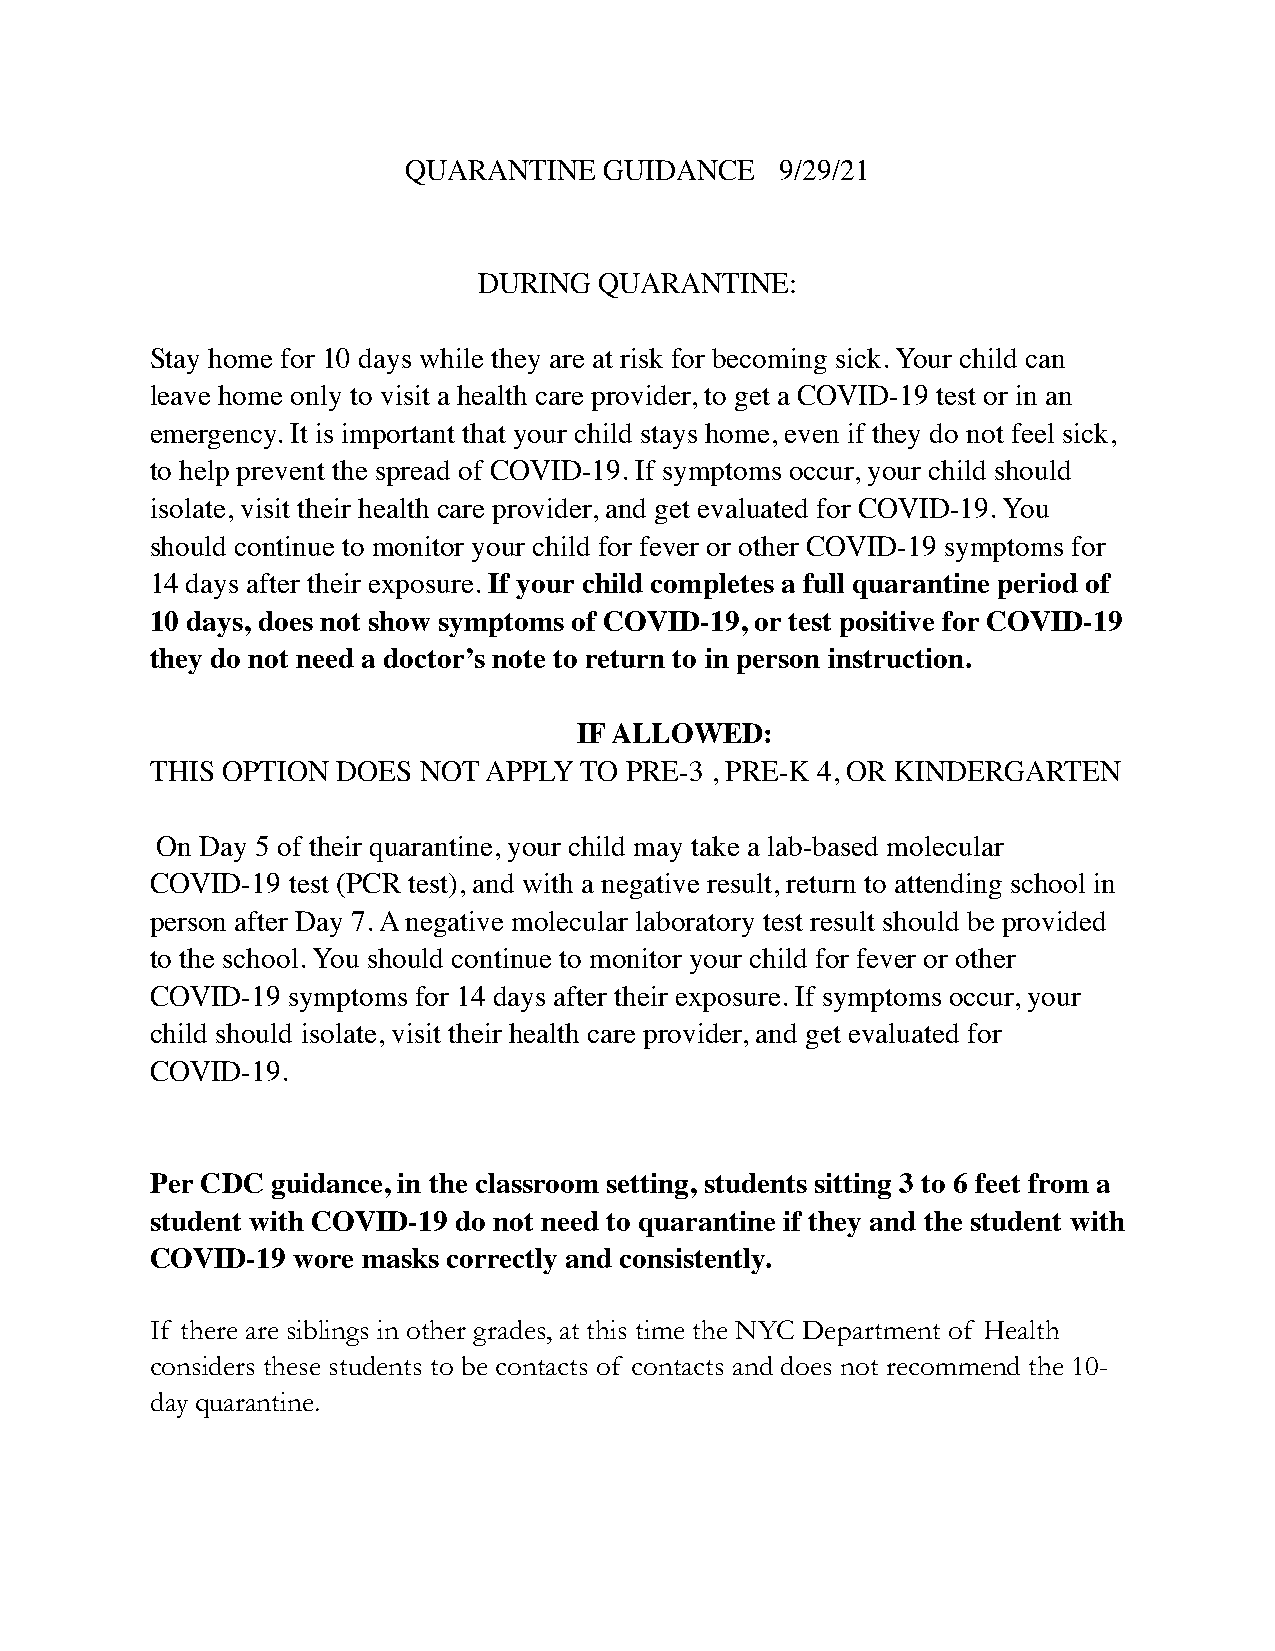
QUARANTINE   GUIDANCE    9/29/21
 DURING  QUARANTINE:
 Stay home for 10 days while they are at risk for becoming sick. Your child can
 leave home only to visit a health care provider, to get a COVID-19 test or in an
 emergency. It is important that your child stays home, even if they do not feel sick,
 to help prevent the spread of COVID-19. If symptoms occur, your child should
 isolate, visit their health care provider, and get evaluated for COVID-19. You
 should continue to monitor your child for fever or other COVID-19 symptoms for
 14 days after their exposure. If your child completes a full quarantine period of
 10 days, does not show symptoms of COVID-19, or test positive for COVID-19
 they do not need a doctor’s note to return to in person instruction.
 IF ALLOWED:
 THIS OPTION DOES  NOT APPLY TO PRE-3 , PRE-K 4, OR KINDERGARTEN
 On Day 5 of their quarantine, your child may take a lab-based molecular
 COVID-19 test (PCR test), and with a negative result, return to attending school in
 person after Day 7. A negative molecular laboratory test result should be provided
 to the school. You should continue to monitor your child for fever or other
 COVID-19 symptoms for 14 days after their exposure. If symptoms occur, your
 child should isolate, visit their health care provider, and get evaluated for
 COVID-19.
 Per CDC guidance, in the classroom setting, students sitting 3 to 6 feet from a
 student with COVID-19 do not need to quarantine if they and the student with
 COVID-19 wore masks correctly and consistently.
 If there are siblings in other grades, at this time the NYC Department of Health
 considers these students to be contacts of contacts and does not recommend the 10-
 day quarantine.